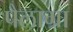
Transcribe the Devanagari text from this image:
पैलाग्रा